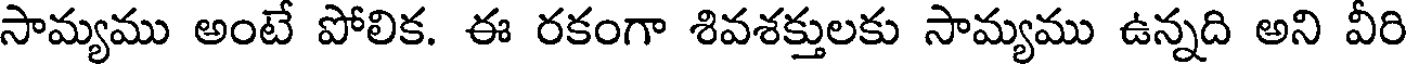
సామ్యము అంటే పోలిక. ఈ రకంగా శివశక్తులకు సామ్యము ఉన్నది అని వీరి